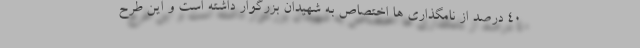
40 درصد از نامگذاری ها اختصاص به شهیدان بزرگوار داشته است و این طرح